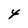
Character: 4